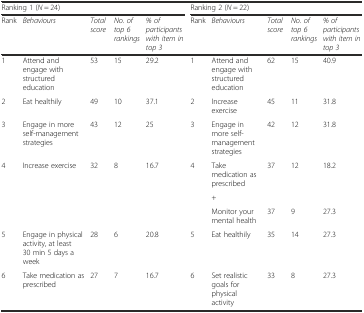
<table><thead><tr><td colspan="5"><b>Ranking 1 (<i>N</i> = 24)</b></td><td colspan="5"><b>Ranking 2 (<i>N</i> = 22)</b></td></tr><tr><td><b>Rank</b></td><td><b><i>Behaviours</i></b></td><td><b><i>Total score</i></b></td><td><b><i>No. of top 6 rankings</i></b></td><td><b><i>% of participants with item in top 3</i></b></td><td><b>Rank</b></td><td><b><i>Behaviours</i></b></td><td><b><i>Total score</i></b></td><td><b><i>No. of top 6 rankings</i></b></td><td><b><i>% of participants with item in top 3</i></b></td></tr></thead><tbody><tr><td>1</td><td>Attend and engage with structured education</td><td>53</td><td>15</td><td>29.2</td><td>1</td><td>Attend and engage with structured education</td><td>62</td><td>15</td><td>40.9</td></tr><tr><td>2</td><td>Eat healthily</td><td>49</td><td>10</td><td>37.1</td><td>2</td><td>Increase exercise</td><td>45</td><td>11</td><td>31.8</td></tr><tr><td>3</td><td>Engage in more self-management strategies</td><td>43</td><td>12</td><td>25</td><td>3</td><td>Engage in more self-management strategies</td><td>42</td><td>12</td><td>31.8</td></tr><tr><td rowspan="3">4</td><td rowspan="3">Increase exercise</td><td rowspan="3">32</td><td rowspan="3">8</td><td rowspan="3">16.7</td><td rowspan="3">4</td><td>Take medication as prescribed</td><td rowspan="2">37</td><td rowspan="2">12</td><td rowspan="2">18.2</td></tr><tr><td>+</td></tr><tr><td>Monitor your mental health</td><td>37</td><td>9</td><td>27.3</td></tr><tr><td>5</td><td>Engage in physical activity, at least 30 min 5 days a week</td><td>28</td><td>6</td><td>20.8</td><td>5</td><td>Eat healthily</td><td>35</td><td>14</td><td>27.3</td></tr><tr><td>6</td><td>Take medication as prescribed</td><td>27</td><td>7</td><td>16.7</td><td>6</td><td>Set realistic goals for physical activity</td><td>33</td><td>8</td><td>27.3</td></tr></tbody></table>